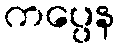
ကပ္ပေန